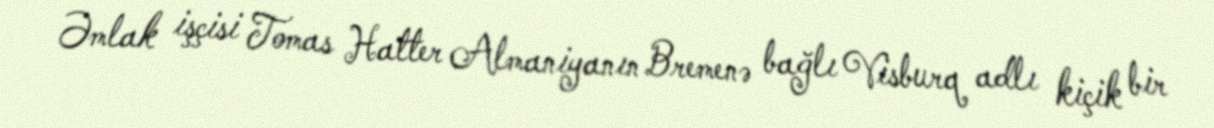
Əmlak işçisi Tomas Hatter Almaniyanın Bremenə bağlı Visburq adlı kiçik bir